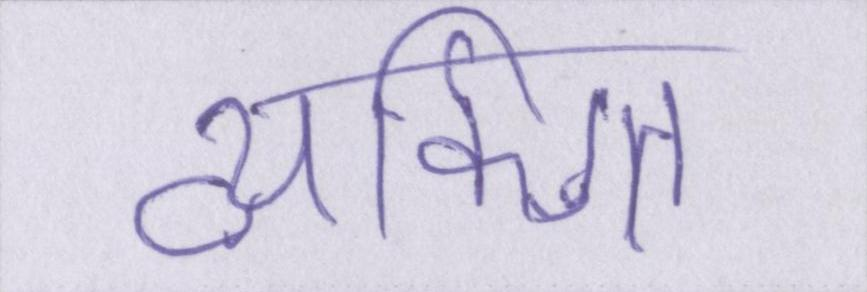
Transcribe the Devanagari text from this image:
व्यक्गित